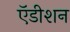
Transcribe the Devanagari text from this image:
ऍडीशन